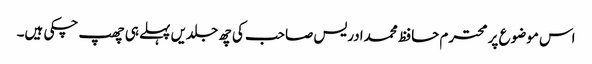
اس موضوع پر محترم حافظ محمدادریس صاحب کی چھ جلدیں پہلے ہی چھپ چکی ہیں۔